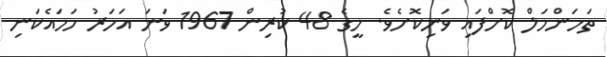
ތަހަންމަލް ކޮށްފައި ވަނިކޮށެވެ. މީގެ 48 ކުރިން 1967 ވަނަ އަހަރު ހަމައެކަނި